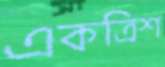
একত্রিশ